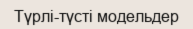
Түрлі-түсті модельдер